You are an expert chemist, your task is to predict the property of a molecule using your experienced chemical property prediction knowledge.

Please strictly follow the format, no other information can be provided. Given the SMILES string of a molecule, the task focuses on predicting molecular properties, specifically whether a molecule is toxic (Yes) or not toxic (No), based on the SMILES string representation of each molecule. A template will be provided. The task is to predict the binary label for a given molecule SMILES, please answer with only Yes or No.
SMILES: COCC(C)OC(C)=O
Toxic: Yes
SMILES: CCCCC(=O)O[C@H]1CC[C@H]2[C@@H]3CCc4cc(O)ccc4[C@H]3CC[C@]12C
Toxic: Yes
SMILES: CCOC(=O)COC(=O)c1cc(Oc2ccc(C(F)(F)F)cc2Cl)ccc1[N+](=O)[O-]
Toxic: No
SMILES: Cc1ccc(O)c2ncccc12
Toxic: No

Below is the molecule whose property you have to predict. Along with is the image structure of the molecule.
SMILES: C=C(C)C(=O)OCC(CC)CCCC
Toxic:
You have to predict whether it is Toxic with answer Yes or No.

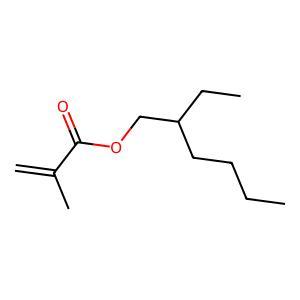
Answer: No